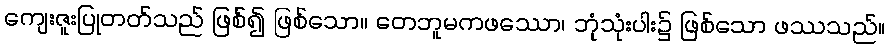
ကျေးဇူးပြုတတ်သည် ဖြစ်၍ ဖြစ်သော။ တေဘူမကဖဿော၊ ဘုံသုံးပါး၌ ဖြစ်သော ဖဿသည်။